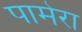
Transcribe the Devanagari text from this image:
पामेरा